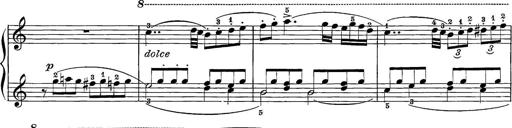
Title: 12 Sonatine per Pianoforte
Composer: Friedrich Kuhlau